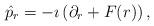
LaTeX: \begin{align*}\hat{p}_{r} = -\imath \left(\partial_{r} +F(r)\right),\end{align*}